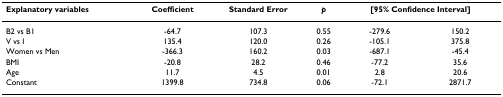
<table><thead><tr><td><b>Explanatory variables</b></td><td><b>Coefficient</b></td><td><b>Standard Error</b></td><td><b><i>p</i></b></td><td colspan="2"><b>[95% Confidence Interval]</b></td></tr></thead><tbody><tr><td>B2 vs B1</td><td>-64.7</td><td>107.3</td><td>0.55</td><td>-279.6</td><td>150.2</td></tr><tr><td>V vs I</td><td>135.4</td><td>120.0</td><td>0.26</td><td>-105.1</td><td>375.8</td></tr><tr><td>Women vs Men</td><td>-366.3</td><td>160.2</td><td>0.03</td><td>-687.1</td><td>-45.4</td></tr><tr><td>BMI</td><td>-20.8</td><td>28.2</td><td>0.46</td><td>-77.2</td><td>35.6</td></tr><tr><td>Age</td><td>11.7</td><td>4.5</td><td>0.01</td><td>2.8</td><td>20.6</td></tr><tr><td>Constant</td><td>1399.8</td><td>734.8</td><td>0.06</td><td>-72.1</td><td>2871.7</td></tr></tbody></table>